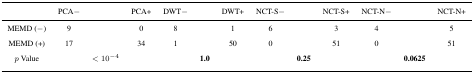
<table><thead><tr><td></td><td><b>PCA−</b></td><td></td><td><b>PCA+</b></td><td><b>DWT−</b></td><td></td><td><b>DWT+</b></td><td><b>NCT-S−</b></td><td></td><td><b>NCT-S+</b></td><td><b>NCT-N−</b></td><td></td><td><b>NCT-N+</b></td></tr></thead><tbody><tr><td>MEMD (−)</td><td>9</td><td></td><td>0</td><td>8</td><td></td><td>1</td><td>6</td><td></td><td>3</td><td>4</td><td></td><td>5</td></tr><tr><td>MEMD (+)</td><td>17</td><td></td><td>34</td><td>1</td><td></td><td>50</td><td>0</td><td></td><td>51</td><td>0</td><td></td><td>51</td></tr><tr><td><i>p</i> Value</td><td></td><td>&lt; 10<sup>−4</sup></td><td></td><td></td><td><b>1.0</b></td><td></td><td></td><td><b>0.25</b></td><td></td><td></td><td><b>0.0625</b></td><td></td></tr></tbody></table>